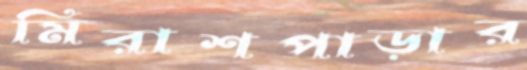
মিরাশপাড়ার